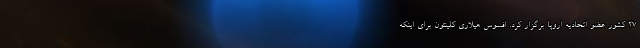
۲۷ کشور عضو اتحادیه اروپا برگزار کرد. افسوس هیلاری کلینتون برای اینکه